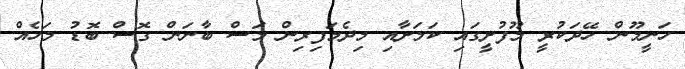
ހަނީމޫން ހޭދަކުރީ މޫފުށީގައި ކަމަށާއި މިދެމަފިރިން މަސް ބާނަން ގޮސް ބޮޑު މަހެއް